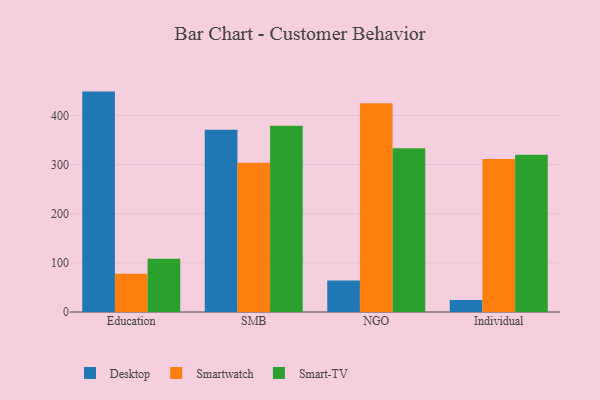
{"axis": {"x": "Segment", "y": "Conversion Rate (%)"}, "legend": ["Desktop", "Smart-TV", "Smartwatch"], "data": [{"x": "Education", "y": 448.6, "type": "Desktop"}, {"x": "Education", "y": 77.7, "type": "Smartwatch"}, {"x": "Education", "y": 108.3, "type": "Smart-TV"}, {"x": "SMB", "y": 370.8, "type": "Desktop"}, {"x": "SMB", "y": 303.7, "type": "Smartwatch"}, {"x": "SMB", "y": 379.2, "type": "Smart-TV"}, {"x": "NGO", "y": 64.1, "type": "Desktop"}, {"x": "NGO", "y": 425.0, "type": "Smartwatch"}, {"x": "NGO", "y": 333.5, "type": "Smart-TV"}, {"x": "Individual", "y": 24.4, "type": "Desktop"}, {"x": "Individual", "y": 311.4, "type": "Smartwatch"}, {"x": "Individual", "y": 319.9, "type": "Smart-TV"}]}